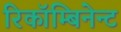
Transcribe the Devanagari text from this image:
रिकॉम्बिनेन्ट